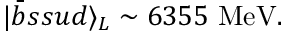
| \bar { b } s s u d \rangle _ { L } \sim 6 3 5 5 \mathrm { ~ M e V } .